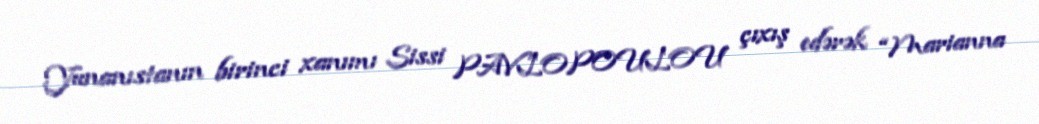
Yunanıstanın birinci xanımı Sissi PAVLOPOULOU çıxış edərək “Marianna